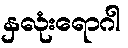
နှလုံးရောဂါ